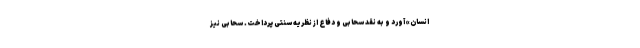
انسان» آورد و به نقد سحابی و دفاع از نظریه سنتی پرداخت. سحابی نیز